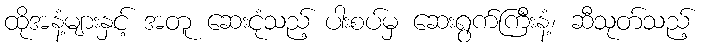
ထိုအနံ့များနှင့် အတူ ဆေးငုံသည့် ပါးစပ်မှ ဆေးရွက်ကြီးနံ့၊ ဆီသုတ်သည့်